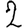
Digit: 2